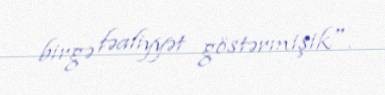
birgə fəaliyyət göstərmişik".